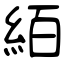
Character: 絔